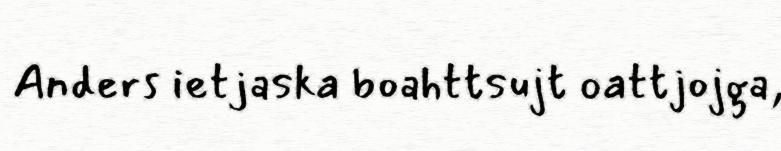
Anders ietjaska boahttsujt oattjojga,